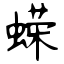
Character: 蝾